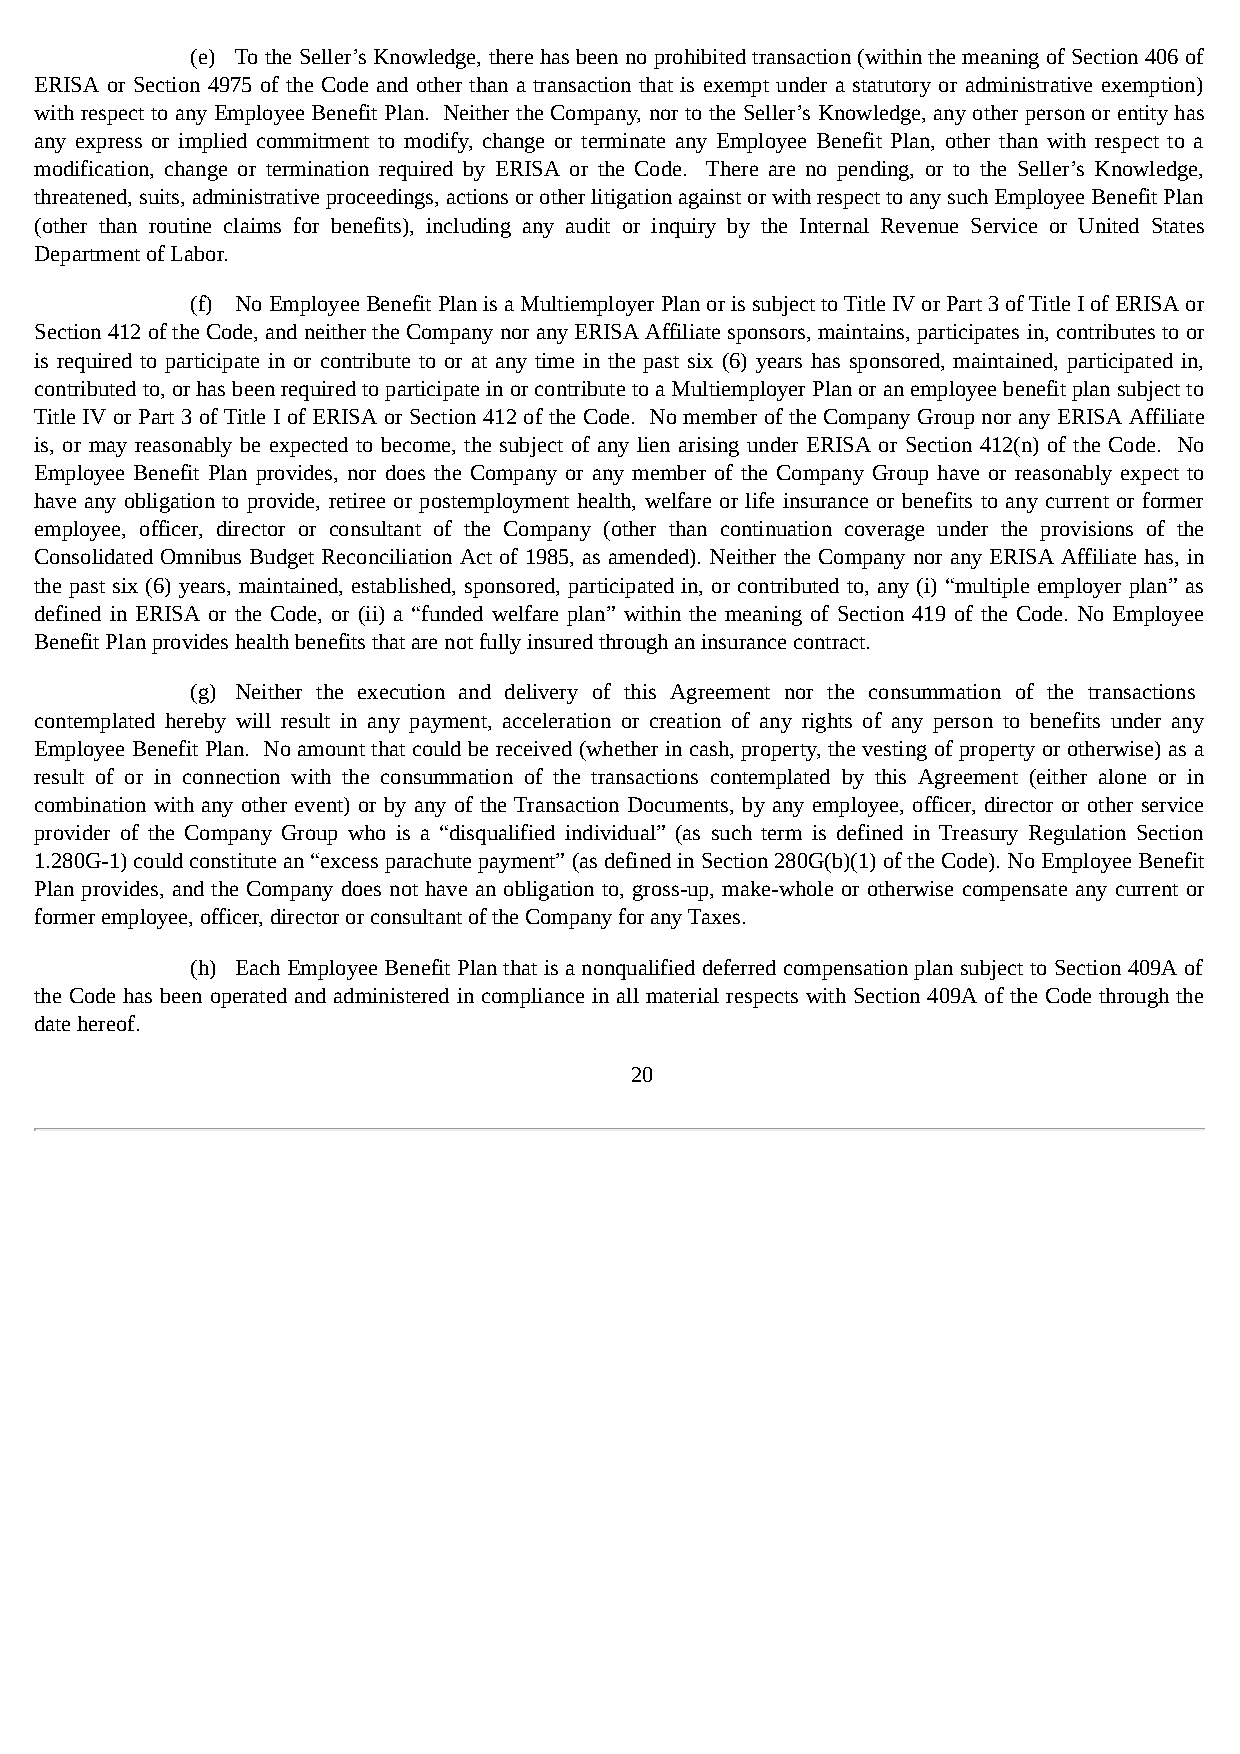
(e) To the Seller’s Knowledge, there has been no prohibited transaction (within the meaning of Section 406 of
 ERISA or Section 4975 of the Code and other than a transaction that is exempt under a statutory or administrative exemption)
 with respect to any Employee Benefit Plan. Neither the Company, nor to the Seller’s Knowledge, any other person or entity has
 any express or implied commitment to modify, change or terminate any Employee Benefit Plan, other than with respect to a
 modification, change or termination required by ERISA or the Code. There are no pending, or to the Seller’s Knowledge,
 threatened, suits, administrative proceedings, actions or other litigation against or with respect to any such Employee Benefit Plan
 (other than routine claims for benefits), including any audit or inquiry by the Internal Revenue Service or United States
 Department of Labor.
 (f) No Employee Benefit Plan is a Multiemployer Plan or is subject to Title IV or Part 3 of Title I of ERISA or
 Section 412 of the Code, and neither the Company nor any ERISA Affiliate sponsors, maintains, participates in, contributes to or
 is required to participate in or contribute to or at any time in the past six (6) years has sponsored, maintained, participated in,
 contributed to, or has been required to participate in or contribute to a Multiemployer Plan or an employee benefit plan subject to
 Title IV or Part 3 of Title I of ERISA or Section 412 of the Code. No member of the Company Group nor any ERISA Affiliate
 is, or may reasonably be expected to become, the subject of any lien arising under ERISA or Section 412(n) of the Code. No
 Employee Benefit Plan provides, nor does the Company or any member of the Company Group have or reasonably expect to
 have any obligation to provide, retiree or postemployment health, welfare or life insurance or benefits to any current or former
 employee, officer, director or consultant of the Company (other than continuation coverage under the provisions of the
 Consolidated Omnibus Budget Reconciliation Act of 1985, as amended). Neither the Company nor any ERISA Affiliate has, in
 the past six (6) years, maintained, established, sponsored, participated in, or contributed to, any (i) “multiple employer plan” as
 defined in ERISA or the Code, or (ii) a “funded welfare plan” within the meaning of Section 419 of the Code. No Employee
 Benefit Plan provides health benefits that are not fully insured through an insurance contract.
 (g) Neither the execution and delivery of this Agreement nor the consummation of the transactions
 contemplated hereby will result in any payment, acceleration or creation of any rights of any person to benefits under any
 Employee Benefit Plan. No amount that could be received (whether in cash, property, the vesting of property or otherwise) as a
 result of or in connection with the consummation of the transactions contemplated by this Agreement (either alone or in
 combination with any other event) or by any of the Transaction Documents, by any employee, officer, director or other service
 provider of the Company Group who is a “disqualified individual” (as such term is defined in Treasury Regulation Section
 1.280G-1) could constitute an “excess parachute payment” (as defined in Section 280G(b)(1) of the Code). No Employee Benefit
 Plan provides, and the Company does not have an obligation to, gross-up, make-whole or otherwise compensate any current or
 former employee, officer, director or consultant of the Company for any Taxes.
 (h) Each Employee Benefit Plan that is a nonqualified deferred compensation plan subject to Section 409A of
 the Code has been operated and administered in compliance in all material respects with Section 409A of the Code through the
 date hereof.
 20